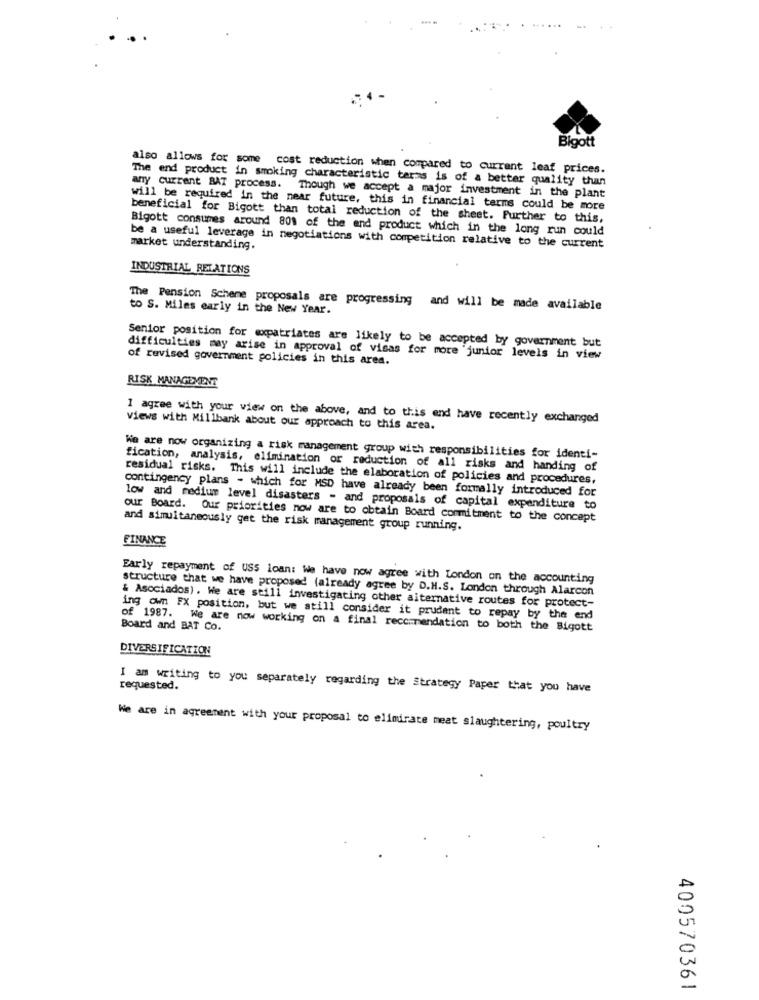
Bigott
also allows for some cost reduction when compared to current leaf prices.
The end product in smoking characteristic terms is of a better quality than
any current BAT process. Though we accept a major investment in the plant
will be required in the near future, this in financial terms could be more
beneficial for Bigott than total reduction of the sheet. Further to this,
Bigott consumes around 801 of the and product which in the long run could
market understanding.
be a useful leverage in negotiations with competition relative to the current
INDUSTRIAL RELATIONS
The Pension Scheme proposals are progressing and will be made available
to S. Miles early in the New Year.
Senior position for expatriates are likely to be accepted by government but
difficulties may arise in approval of visas for more junior levels in view
of revised government policies in this area.
RISK MANAGEMENT
1 agree with your view on the above, and to this end have recently exchanged
Views with Millbank about our approach to this area.
We are now organizing a risk management group with responsibilities for identi-
fication, analysis, elimination or reduction of all risks and handing of
residual risks. This will include the elaboration of policies and procedures.
contingency plans - which for MSD have already been formally introduced for
low and medium level disasters - and proposals of capital expenditure to
our Board. Our priorities now are to obtain Board commitment to the concept
and simultaneously get the risk management group running.
FINANCE
Early repayment of USS loan: We have now agree with London on the accounting
structure that we have proposed (already agree by D.H.S. London through Alarcon
& Asociados) . We are still investigating other alternative routes for protect-
ing own FX position, but we still consider it prudent to repay by the end
Board and BAT Co.
of 1987. We are now working on a final recommendation to both the Bigott
DIVERSIFICATION
I am writing to you separately regarding the Strategy Paper that you have
requested.
We are in agreement with your proposal to elindirate meat slaughtering, poultry
400570361